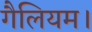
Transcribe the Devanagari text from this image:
गैलियम।